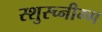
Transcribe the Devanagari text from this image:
स्शुस्च्नीग्ग